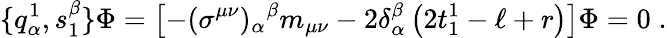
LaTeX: \{ q_{\alpha}^{1},s_{1}^{\beta}\} \Phi=\left[-(\sigma^{\mu\nu})_{\alpha}{}^{\beta}m_{\mu\nu}-2\delta_{\alpha}^{\beta}\left(2t_{1}^{1}-\ell+r\right)\right]\Phi=0\; .